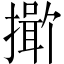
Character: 𪮯